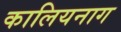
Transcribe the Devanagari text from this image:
कालियनाग